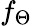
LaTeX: f_{\Theta}